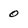
Character: 0